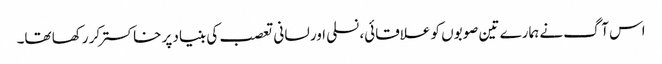
اس آگ نے ہمارے تین صوبوں کو علاقائی، نسلی اور لسانی تعصب کی بنیاد پر خاکستر کر رکھا تھا۔